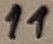
Text: 11